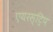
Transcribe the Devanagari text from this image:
एयरस्ट्रिप